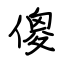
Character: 傻